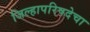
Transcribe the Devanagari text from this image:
जिल्हापरिषदेचा